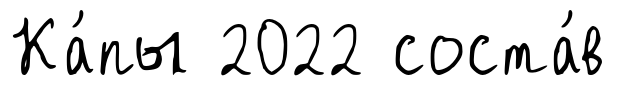
Ка́пы 2022 соста́в